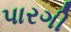
પારગી